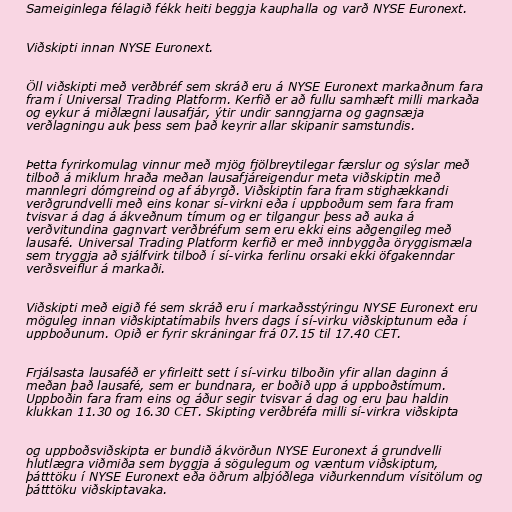
Sameiginlega félagið fékk heiti beggja kauphalla og varð NYSE Euronext.

Viðskipti innan NYSE Euronext.

Öll viðskipti með verðbréf sem skráð eru á NYSE Euronext markaðnum fara
fram í Universal Trading Platform. Kerfið er að fullu samhæft milli markaða
og eykur á miðlægni lausafjár, ýtir undir sanngjarna og gagnsæja
verðlagningu auk þess sem það keyrir allar skipanir samstundis.

Þetta fyrirkomulag vinnur með mjög fjölbreytilegar færslur og sýslar með
tilboð á miklum hraða meðan lausafjáreigendur meta viðskiptin með
mannlegri dómgreind og af ábyrgð. Viðskiptin fara fram stighækkandi
verðgrundvelli með eins konar sí-virkni eða í uppboðum sem fara fram
tvisvar á dag á ákveðnum tímum og er tilgangur þess að auka á
verðvitundina gagnvart verðbréfum sem eru ekki eins aðgengileg með
lausafé. Universal Trading Platform kerfið er með innbyggða öryggismæla
sem tryggja að sjálfvirk tilboð í sí-virka ferlinu orsaki ekki öfgakenndar
verðsveiflur á markaði.

Viðskipti með eigið fé sem skráð eru í markaðsstýringu NYSE Euronext eru
möguleg innan viðskiptatímabils hvers dags í sí-virku viðskiptunum eða í
uppboðunum. Opið er fyrir skráningar frá 07.15 til 17.40 CET.

Frjálsasta lausaféð er yfirleitt sett í sí-virku tilboðin yfir allan daginn á
meðan það lausafé, sem er bundnara, er boðið upp á uppboðstímum.
Uppboðin fara fram eins og áður segir tvisvar á dag og eru þau haldin
klukkan 11.30 og 16.30 CET. Skipting verðbréfa milli sí-virkra viðskipta

og uppboðsviðskipta er bundið ákvörðun NYSE Euronext á grundvelli
hlutlægra viðmiða sem byggja á sögulegum og væntum viðskiptum,
þátttöku í NYSE Euronext eða öðrum alþjóðlega viðurkenndum vísitölum og
þátttöku viðskiptavaka.